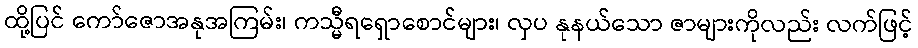
ထို့ပြင် ကော်ဇောအနုအကြမ်း၊ ကသ္မီရရှောစောင်များ၊ လှပ နုနယ်သော ဇာများကိုလည်း လက်ဖြင့်